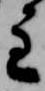
主